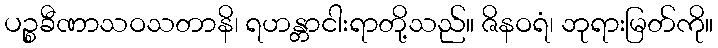
ပဉ္စခီဏာသဝသတာနိ၊ ရဟန္တာငါးရာတို့သည်။ ဇိနဝရံ၊ ဘုရားမြတ်ကို။